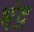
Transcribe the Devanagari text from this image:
भंद्र